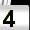
Digit: 4